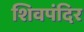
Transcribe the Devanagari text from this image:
शिवपंदिर